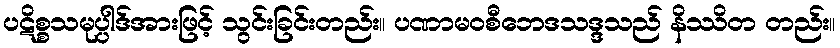
ပဋိစ္စသမုပ္ပါဒ်အားဖြင့် သွင်းခြင်းတည်း။ ပဏာမဝစီဘေဒသဒ္ဒသည် နိဿိတ တည်း။